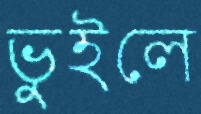
ভুইলে